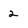
Character: 2